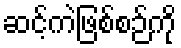
ဆင့်ကဲဖြစ်စဉ်ကို